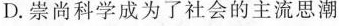
D.崇尚科学成为了社会的主流思潮